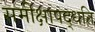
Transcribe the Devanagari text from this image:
समीक्षापद्धति